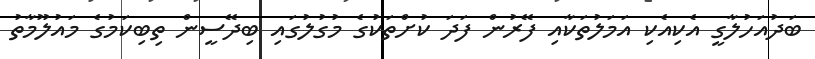
ބަދުއަހުލާގީ އެކިއެކި އަމަލުތަކާއި ފޭރުން ފަދަ ކުށްތަކުގެ މުގުލުގައި ބިދޭސީން ތިބިކަމުގެ މައުލޫމާތު